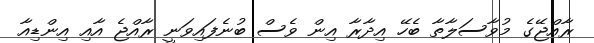
ރާއްޖޭގެ މުވާސަލާތާ ބެހޭ އިދާރާ އިން ވެސް ބުނެފައިވަނީ ރާއްޖެ އާއި އިންޑިއާ